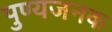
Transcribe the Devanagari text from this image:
पुण्यजनक